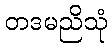
တဒမညိသုံ